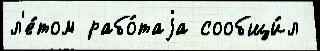
л'е́том рабо́таjа сообщи́л